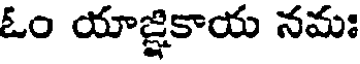
ఓం యాజ్ఞికాయ నమః